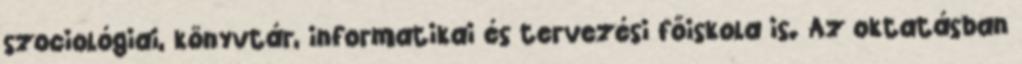
szociológiai, könyvtár, informatikai és tervezési főiskola is. Az oktatásban